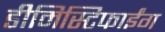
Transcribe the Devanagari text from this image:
डीमिस्टिफाईंग